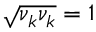
\sqrt { \nu _ { k } \nu _ { k } } = 1